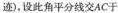
迹)，设此角平分线交AC于